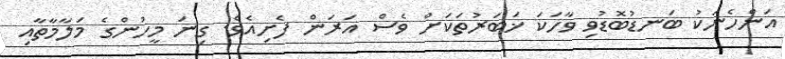
އަންހެނަކު ބަނޑުބޮޑުވި ވާހަކަ ޚަބަރުތަކަށް ވެސް އަރަން ފެށިއެވެ. ގިނަ މީހުންގެ މަލާމާތާއި